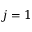
j = 1